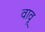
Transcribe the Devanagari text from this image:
वावू